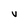
Character: V